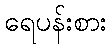
ရေပန်းစား